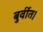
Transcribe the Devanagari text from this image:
बुर्वीत।